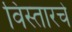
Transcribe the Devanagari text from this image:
विस्तारचे